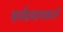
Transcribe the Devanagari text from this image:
धर्मप्रचारकाने